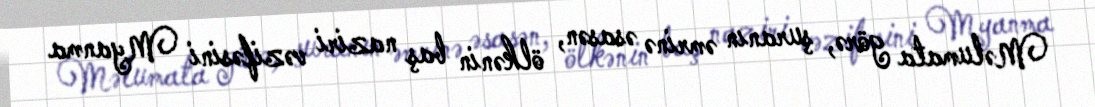
Məlumata görə, şuranın əmrinə əsasən, ölkənin baş naziri vəzifəsini Myanma